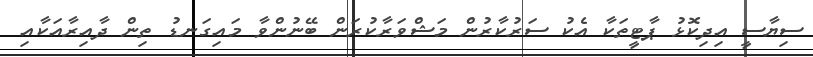
ސިޔާސީ އިދިކޮޅު ޕާޓީތަކާ އެކު ސަރުކާރުން މަޝްވަރާކުރަން ބޭނުންވާ މައިގަނޑު ތިން ދާއިރާއަކާއި